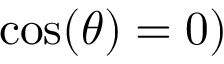
\cos ( \theta ) = 0 )